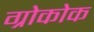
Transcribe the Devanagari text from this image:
ग्रोकोक